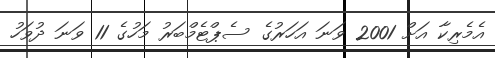
އެމެރިކާ އަށް 2001 ވަނަ އަހަރުގެ ސެޕްޓެމްބަރު މަހުގެ 11 ވަނަ ދުވަހު